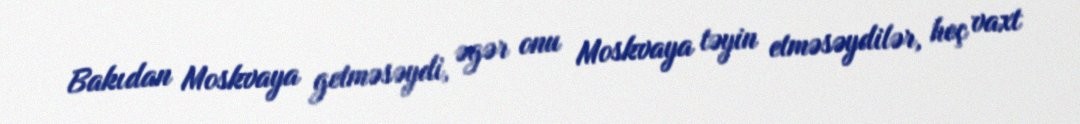
Bakıdan Moskvaya getməsəydi, əgər onu Moskvaya təyin etməsəydilər, heç vaxt